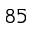
^ { 8 5 }